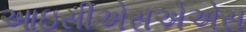
આઇસીએસએએસ